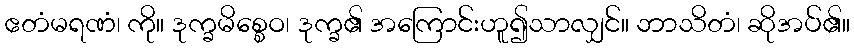
ဧတံမရဏံ၊ ကို။ ဒုက္ခမိစ္စေဝ၊ ဒုက္ခ၏ အကြောင်းဟူ၍သာလျှင်။ ဘာသိတံ၊ ဆိုအပ်၏။